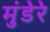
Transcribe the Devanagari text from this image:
मुंडेरे